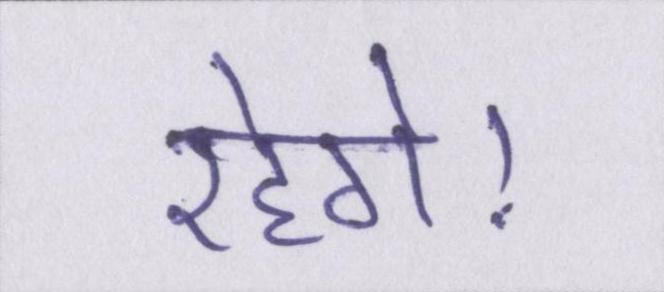
रहेगे।